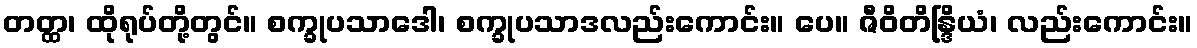
တတ္ထ၊ ထိုရုပ်တို့တွင်။ စက္ခုပသာဒေါ၊ စက္ခုပသာဒလည်းကောင်း။ ပေ။ ဇီဝိတိန္ဒြိယံ၊ လည်းကောင်း။